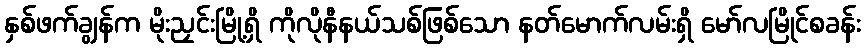
နှစ်ဖက်ချွန်က မိုးညှင်းမြို့ရှိ ကိုလိုနီနယ်သစ်ဖြစ်သော နတ်မောက်လမ်းရှိ မော်လမြိုင်စခန်း